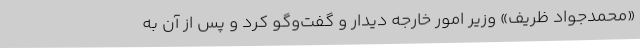
«محمدجواد ظریف» وزیر امور خارجه دیدار و گفت‌وگو کرد و پس از آن به